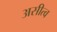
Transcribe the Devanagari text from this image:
असीत्व